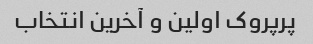
پرپروک اولین و آخرین انتخاب